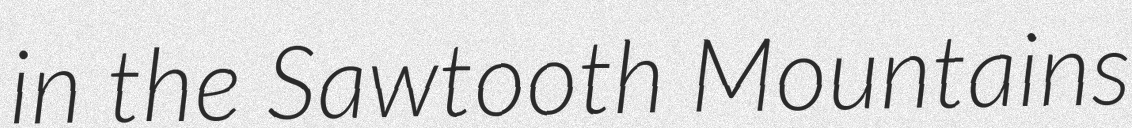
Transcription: in the Sawtooth Mountains